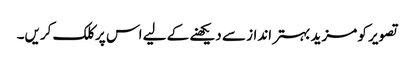
تصویر کو مزید بہتر انداز سے دیکھنے کے لیے اس پر کلک کریں۔